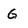
Character: G